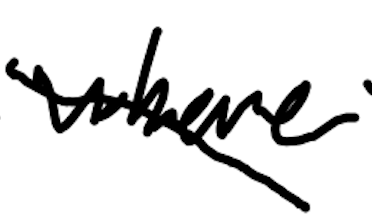
Text: where
Cross-out: diagonal
Writing tool: digital_black